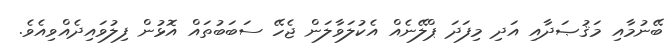
ބޭނުމާއި މަޤުޞަދާއި އަދި މިފަދަ ޕްލޭނެއް އެކުލަވާލަން ޖެހޭ ސަބަބުތައް އޮޅުން ފިލުވައިދެއްވިއެވެ.